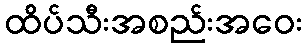
ထိပ်သီးအစည်းအဝေး